Annual report of the Punjab Veterinary College and of the Civil Veterinary Department, Punjab - 1926-1932
Year: 1926
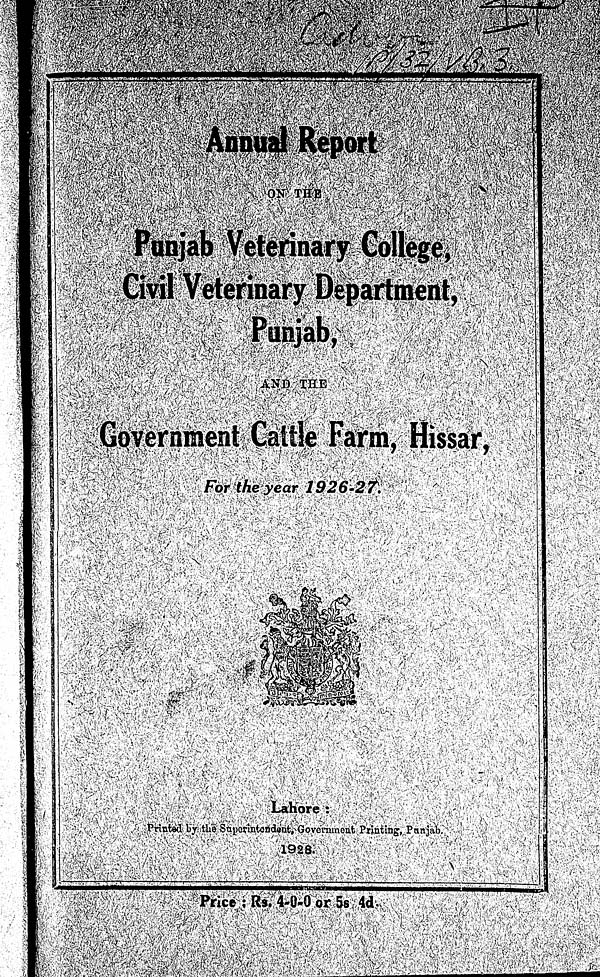
Annual Report
ON THE
Punjab Veterinary College,
Civil Veterinary Department,
Punjab,
AND THE
Government Cattle Farm, Hissar,
For the year 1926-27.
Lahore:
Printed by the Superintendent, Government Printing, Punjab.
1928.
Price: Rs. 4-0-0 or 5s 4d.